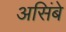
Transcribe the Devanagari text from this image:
असिंबे